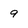
Character: 9